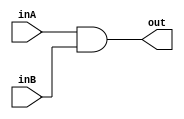
module And (
    inA, inB, out
);

// declare the inputs and outputs (1 bit each)
// return to out
    input inA;
    input inB;
    output out;
    
    // perform bitwise OR operation
    assign out = inA & inB;


endmodule